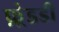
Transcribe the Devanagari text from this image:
फ़्रेडडी